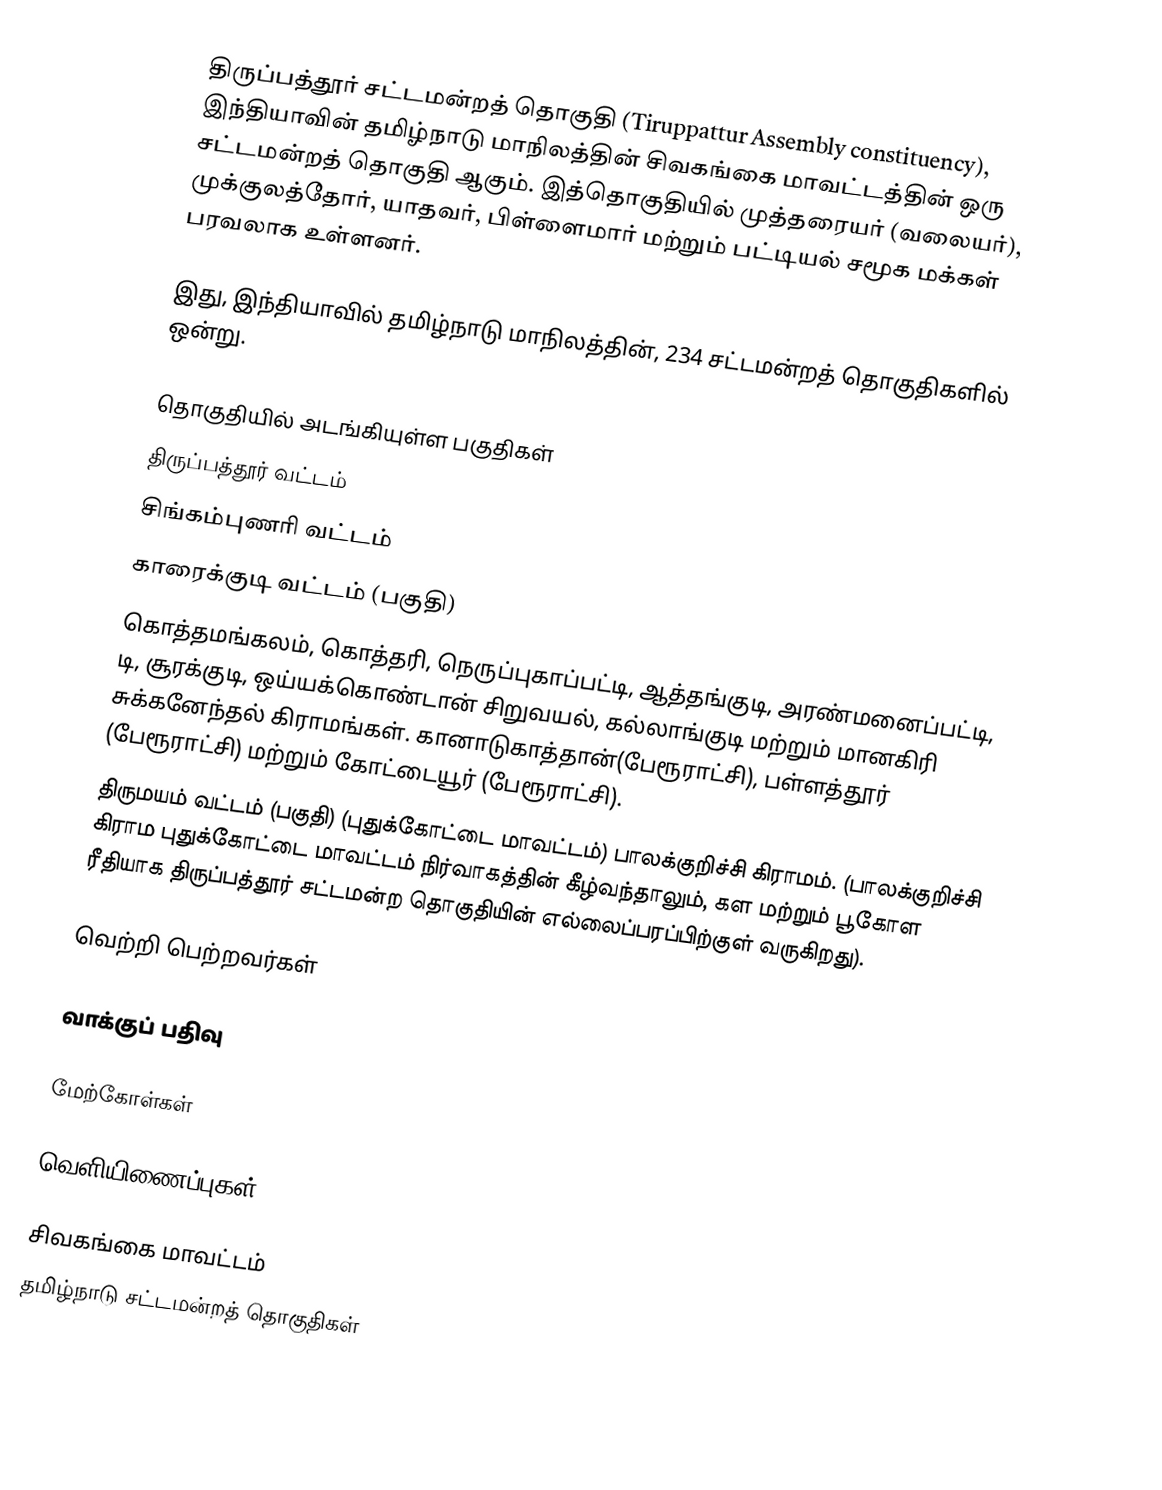
திருப்பத்தூர் சட்டமன்றத் தொகுதி (Tiruppattur Assembly constituency), இந்தியாவின் தமிழ்நாடு மாநிலத்தின் சிவகங்கை மாவட்டத்தின் ஒரு சட்டமன்றத் தொகுதி ஆகும். இத்தொகுதியில் முத்தரையர் (வலையர்), முக்குலத்தோர், யாதவர், பிள்ளைமார் மற்றும் பட்டியல் சமூக மக்கள் பரவலாக உள்ளனர்.

இது, இந்தியாவில் தமிழ்நாடு மாநிலத்தின், 234 சட்டமன்றத் தொகுதிகளில் ஒன்று.

தொகுதியில் அடங்கியுள்ள பகுதிகள்
 திருப்பத்தூர் வட்டம்
 சிங்கம்புணரி வட்டம்
 காரைக்குடி வட்டம் (பகுதி)
கொத்தமங்கலம், கொத்தரி, நெருப்புகாப்பட்டி, ஆத்தங்குடி, அரண்மனைப்பட்டி, டி, சூரக்குடி, ஒய்யக்கொண்டான் சிறுவயல், கல்லாங்குடி மற்றும் மானகிரி சுக்கனேந்தல் கிராமங்கள். கானாடுகாத்தான்(பேரூராட்சி),  பள்ளத்தூர் (பேரூராட்சி) மற்றும் கோட்டையூர் (பேரூராட்சி).
திருமயம் வட்டம் (பகுதி) (புதுக்கோட்டை மாவட்டம்) பாலக்குறிச்சி கிராமம். (பாலக்குறிச்சி கிராம புதுக்கோட்டை மாவட்டம் நிர்வாகத்தின் கீழ்வந்தாலும், கள மற்றும் பூகோள ரீதியாக திருப்பத்தூர் சட்டமன்ற தொகுதியின் எல்லைப்பரப்பிற்குள் வருகிறது).

வெற்றி பெற்றவர்கள்

வாக்குப் பதிவு

மேற்கோள்கள்

வெளியிணைப்புகள்

சிவகங்கை மாவட்டம்
தமிழ்நாடு சட்டமன்றத் தொகுதிகள்